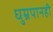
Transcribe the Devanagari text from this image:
धुम्रपानही